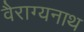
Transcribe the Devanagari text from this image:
वैराग्यनाथ